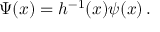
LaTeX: \Psi ( x ) = h ^ { - 1 } ( x ) \psi ( x ) \, .